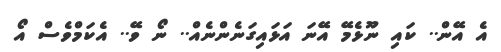
އެ އޭން.. ކައި ނޫޅެމޭ އޭނަ އަޅައިގަނެންނެއް.. ނޯ ވޭ.. އެކަމްވެސް އޯ